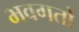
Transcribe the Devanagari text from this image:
भवगतो